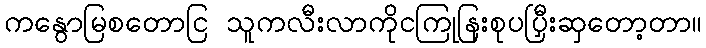
ကနွောမြစတောငြ သူကလီးလာကိုငကြုနြးစုပပြှီးဆှတော့တာ။